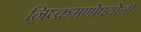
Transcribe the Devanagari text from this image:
निष्क्रमणोपयोगी